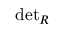
{ \mathrm { d e t } } _ { R }